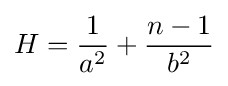
H={\frac {1}{a^{2}}}+{\frac {n-1}{b^{2}}}